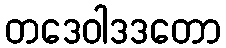
တဒေဝါဒဒတော